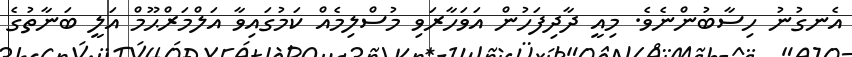
އެނގުނު ހިސާބުންނެވެ. މިއީ ދާދިފަހުން އަވަހާރަވި މުސްލިމެއް ކަމުގައިވާ އަލްމަރްޙޫމް އަލީ ބަނާތުގެ